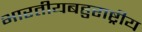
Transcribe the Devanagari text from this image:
भारतीयबहुराष्ट्रीय